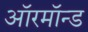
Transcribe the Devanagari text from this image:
ऑरमॉन्ड